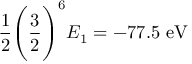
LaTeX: { \frac { 1 } { 2 } } { \Bigg ( } { \frac { 3 } { 2 } } { \Bigg ) } ^ { 6 } E _ { 1 } = - 7 7 . 5 { \mathrm { ~ e V } }